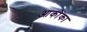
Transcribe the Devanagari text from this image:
आकोंका